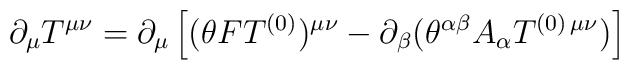
\partial_{\mu} T^{\mu\nu} = \partial_{\mu}\left[(\theta FT^{(0)})^{\mu\nu} -  \partial_{\beta} (\theta^{\alpha\beta} A_{\alpha}  T^{(0)\,\mu\nu})\right]